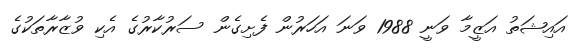
އައިޝަތު އަޒީމާ ވަނީ 1988 ވަނަ އަހަރުން ފެށިގެން ސަރުކާރުގެ އެކި ވުޒާރާތަކުގެ